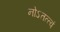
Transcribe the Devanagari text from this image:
नोऽतत्त्वं